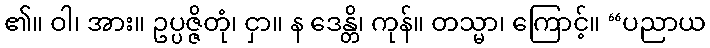
၏။ ဝါ၊ အား။ ဥပ္ပဇ္ဇိတုံ၊ ငှာ။ န ဒေန္တိ၊ ကုန်။ တသ္မာ၊ ကြောင့်။ “ပညာယ